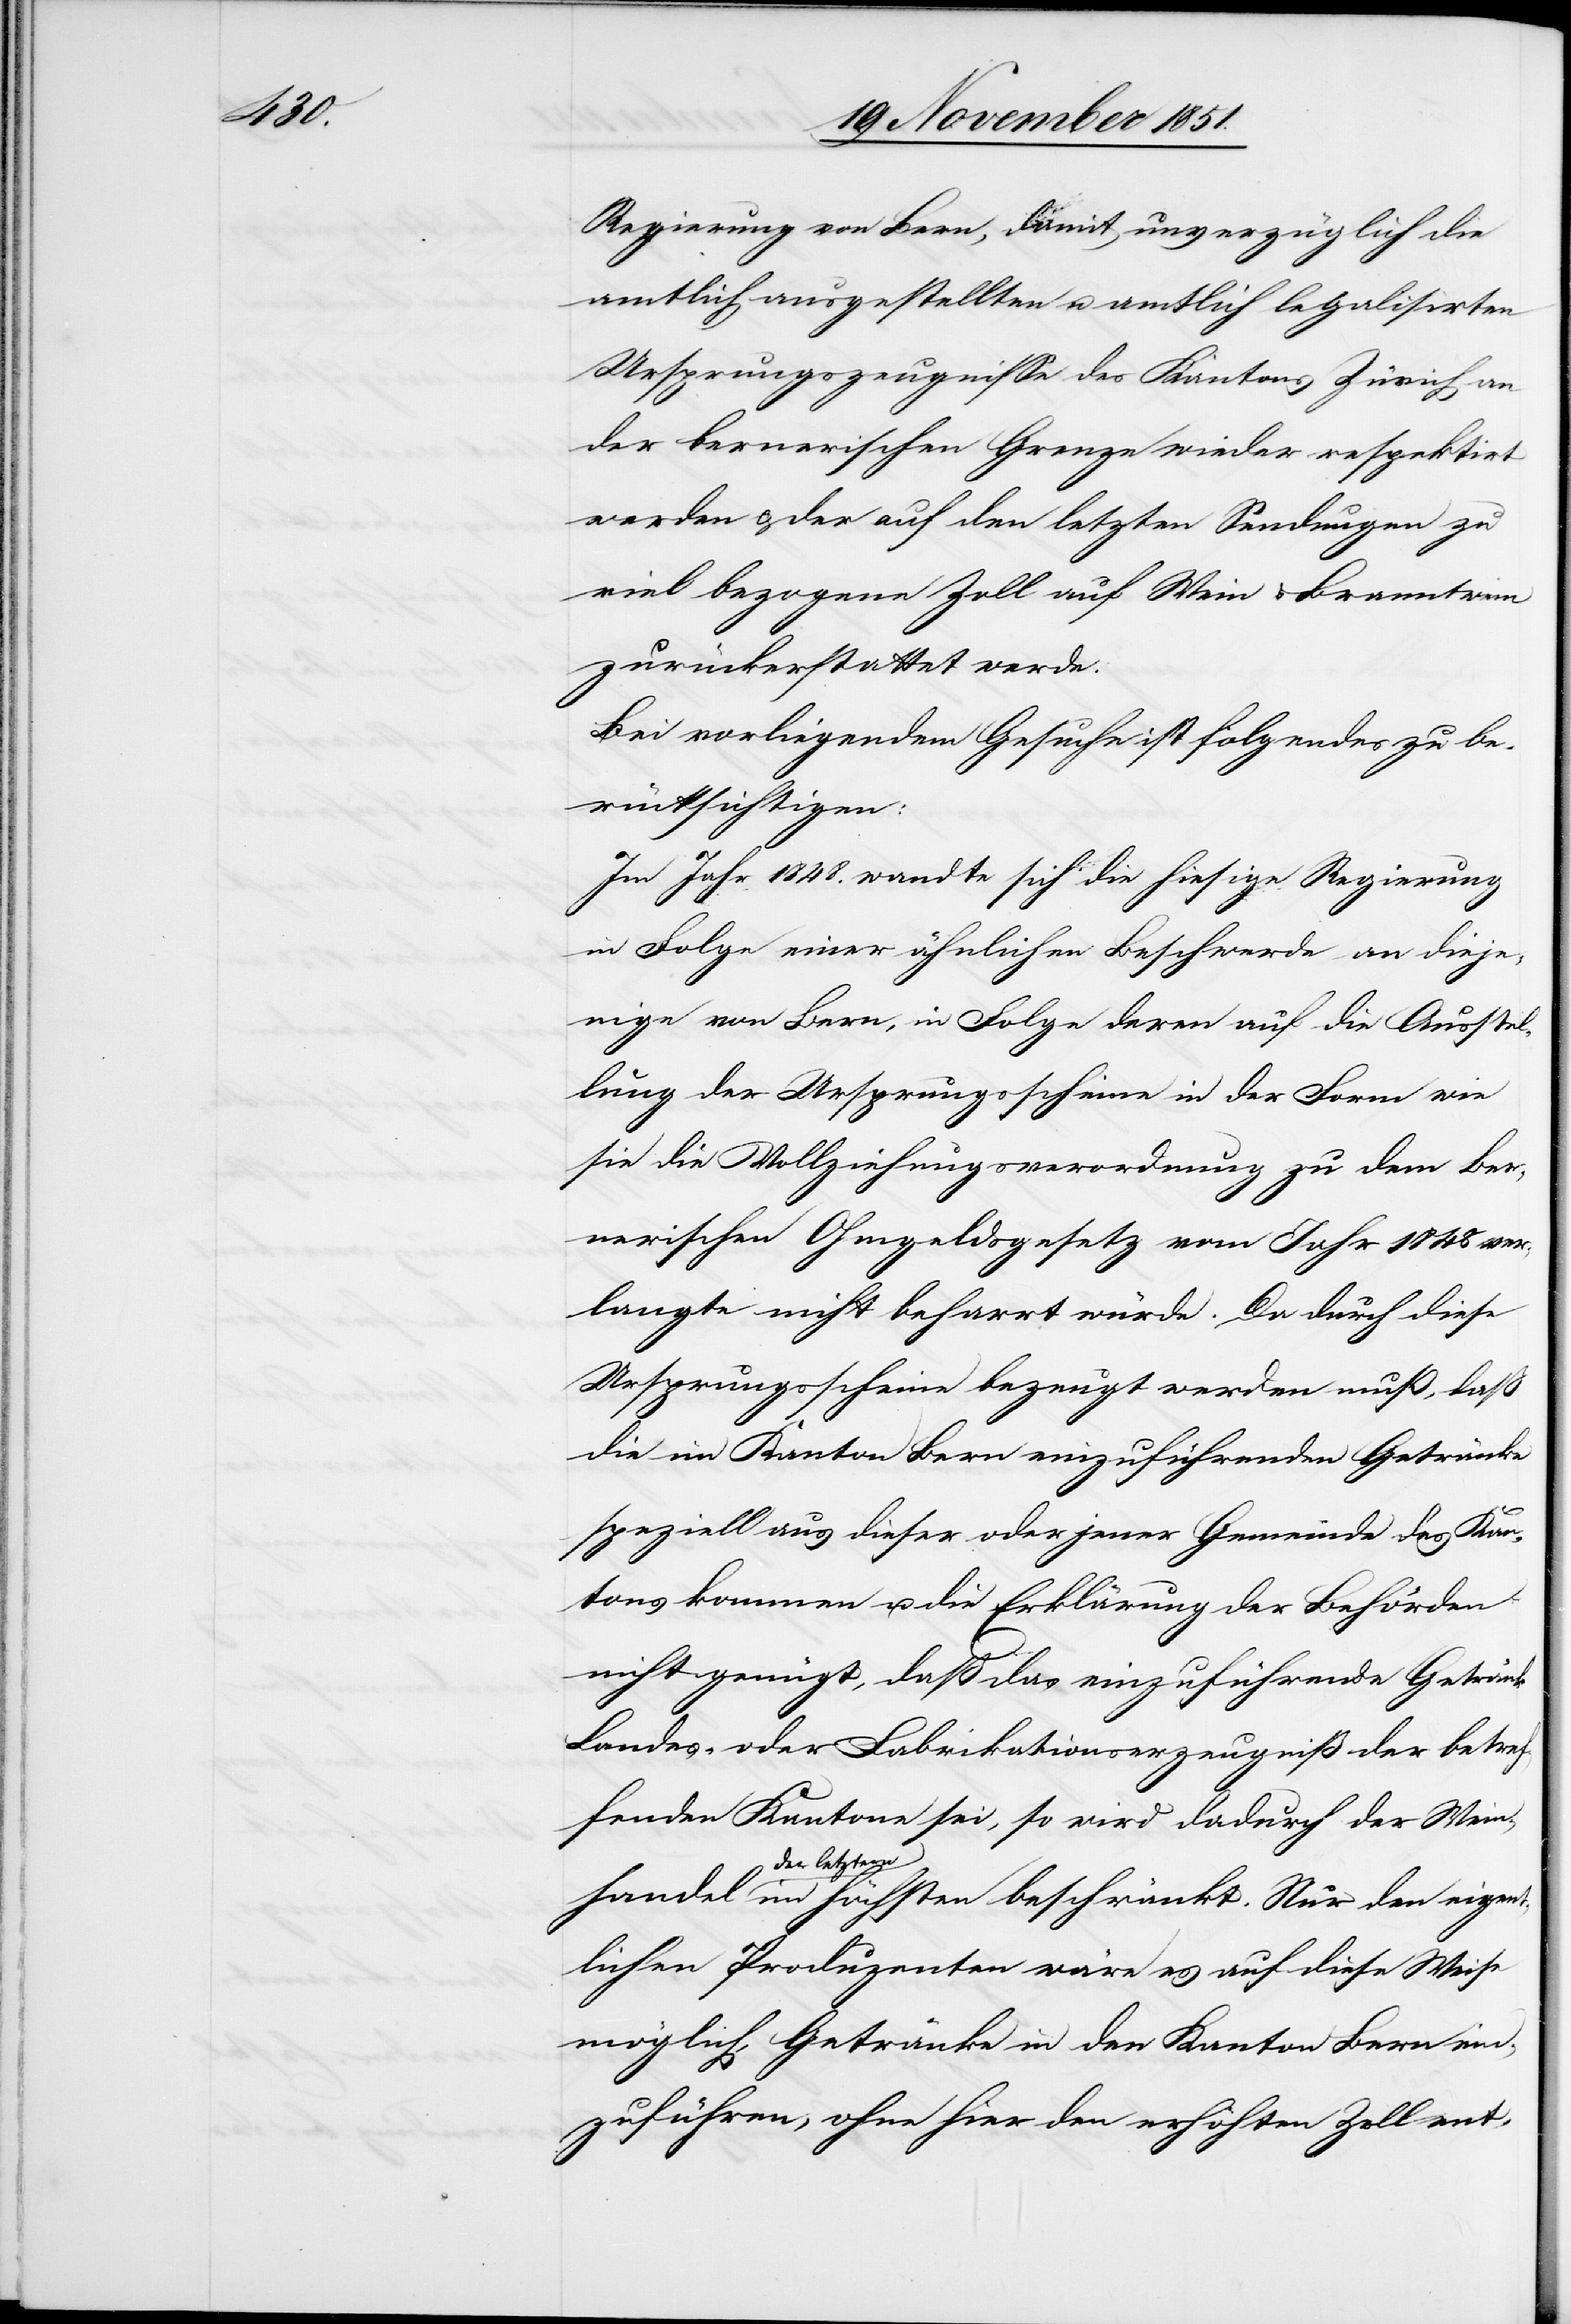
handel

Regierung von Bern, damit unverzüglich die
amtlich ausgestellten u. amtlich legalisirten
Ursprungszeugnisse des Kantons Zürich an
der bernerischen Grenze wieder respektirt
werden & der auf den letzten Sendungen zu
viel bezogene Zoll auf Wein & Branntwein
zurückerstattet werde.
Bei vorliegendem Gesuche ist folgendes zu be¬
rücksichtigen:
Im Jahr 1848. wandte sich die hiesige Regierung
in Folge einer ähnlichen Beschwerde an dieje¬
nige von Bern, in Folge deren auf die Ausstel¬
lung der Ursprungsscheine in der Form wie
sie die Vollziehungsverordnung zu dem Ber¬
nerischen Ohmgeldsgesetz vom Jahr 1848 ver¬
langte nicht beharrt würde. Da durch diese
Ursprungsscheine bezeugt werden muß, daß
die im Kanton Bern einzuführenden Getränke
speziell aus dieser oder jener Gemeinde des Kan¬
tons kommen u. die Erklärung der Behörden
nicht genügt, daß das einzuführende Getränk
Landes- oder Fabrikationserzeugniß der betref¬
fenden Kantone sei, so wird dadurch der Wein¬
der letzte¬
rn im höchsten beschränkt. Nur den eigent¬
lichen Produzenten wäre es auf diese Weise
möglich, Getränke in den Kanton Bern ein¬
zuführen, ohne hier den erhöhten Zoll ent-